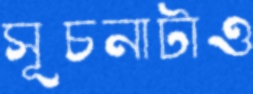
সূচনাটাও